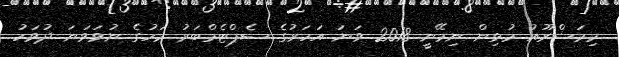
މިމަޝްރޫއު މުޅިން ނިމޭނީ 2018 ވަނަ އަހަރުގެ ސެޕްޓެމްބަރު މަހުގެ ނުވަވަަނަ ދުވަހު